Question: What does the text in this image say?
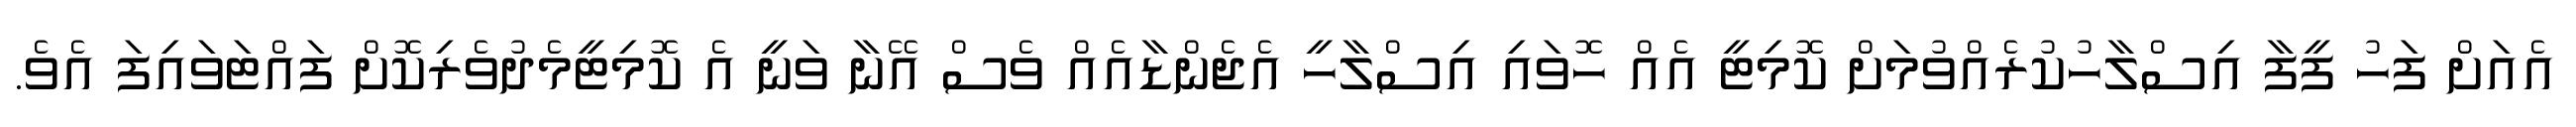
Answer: އެއަށް ފަހު ފީފާ އިސްލާހުކުރެއްވުމަށް ކޮމިޓީ އެއް ހޮވައި އިސްލާހީ އެޖެންޑާއެއް ވެސް އޭނާ ވަނީ އެ ކޮމިޓީމެދުވެރިކޮށް ފައްޓަވައިފަ އެވެ.